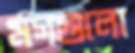
মগগুলো